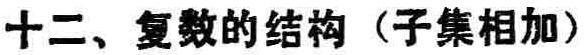
十二、复数的结构（子集相加）